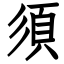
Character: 須